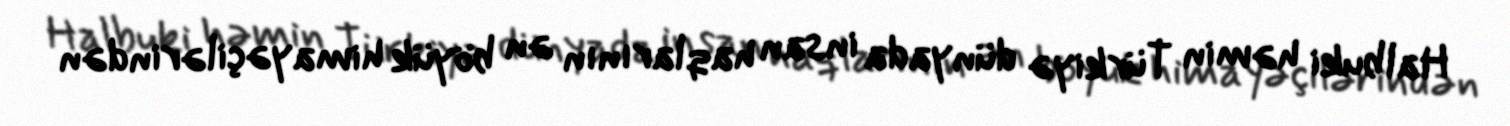
Halbuki həmin Türkiyə dünyada insan haqlarının ən böyük himayəçilərindən